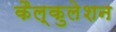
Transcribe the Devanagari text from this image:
कैल्कुलेशन